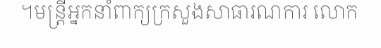
។មន្ត្រីអ្នកនាំពាក្យក្រសួងសាធារណការ លោក